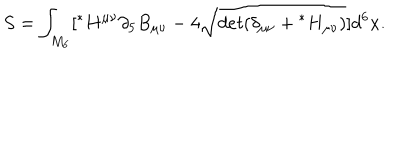
LaTeX: S = \int _ { M _ { 6 } } [ { } ^ { * } H ^ { \mu \nu } \partial _ { 5 } B _ { \mu \nu } - 4 { \hspace { 0 . 3 c m } } \sqrt [ [object Object] ] ] { d e t ( \delta _ { \mu \nu } + { } ^ { * } H _ { \mu \nu } ) } ] d ^ { 6 } x .